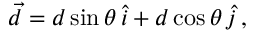
\begin{array} { r } { \vec { d } = d \sin \theta \, \hat { i } + d \cos \theta \, \hat { j } \, , } \end{array}